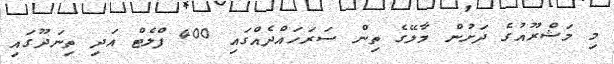
މި މަޝްރޫއުގެ ދަށުން މާލޭގެ ތިން ސަރަހައްދެއްގައި 400 ފްލެޓް އަދި ތިނަދޫގައި